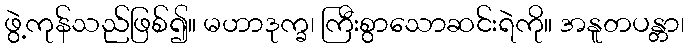
ဖွဲ့ကုန်သည်ဖြစ်၍။ မဟာဒုက္ခ၊ ကြီးစွာသောဆင်းရဲကို။ အနူတပန္တာ၊